Scottish Certificate of Education, 1963
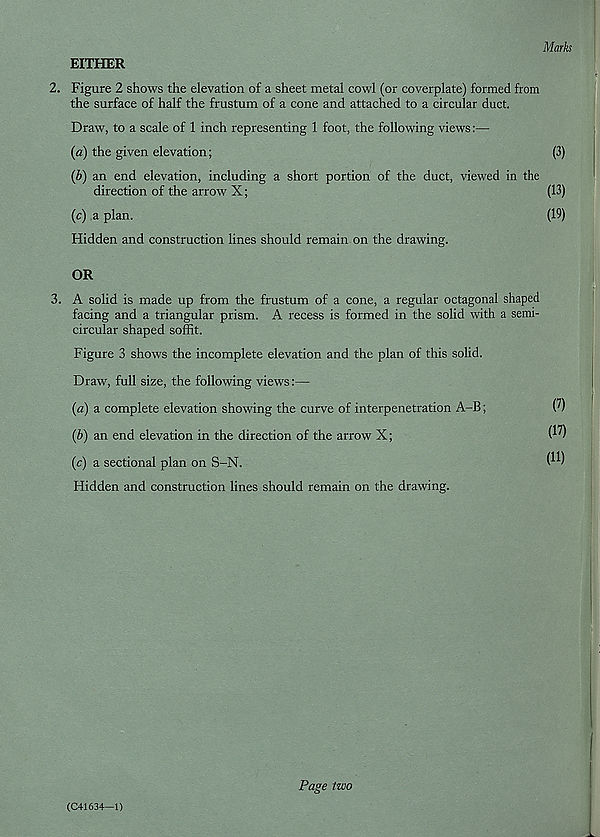
Marks
EITHER
2. Figure 2 shows the elevation of a sheet metal cowl (or coverplate) formed from
the surface of half the frustum of a cone and attached to a circular duct.
Draw, to a scale of 1 inch representing 1 foot, the following views:—
(a) the given elevation;
(3)
(b) an end elevation, including a short portion of the duct, viewed in the
direction of the arrow X;
(13)
(c) a plan.
(19)
Hidden and construction lines should remain on the drawing.
OR
3. A solid is made up from the frustum of a cone, a regular octagonal shaped
facing and a triangular prism. A recess is formed in the solid with a semi-
circular shaped soffit.
Figure 3 shows the incomplete elevation and the plan of this solid.
Draw, full size, the following views:—
(a) a complete elevation showing the curve of interpenetration A-B;
0)
(b) an end elevation in the direction of the arrow X;
(c) a sectional plan on S-N.
Hidden and construction lines should remain on the drawing.
(C41634—1)
Page two